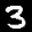
Label: 3